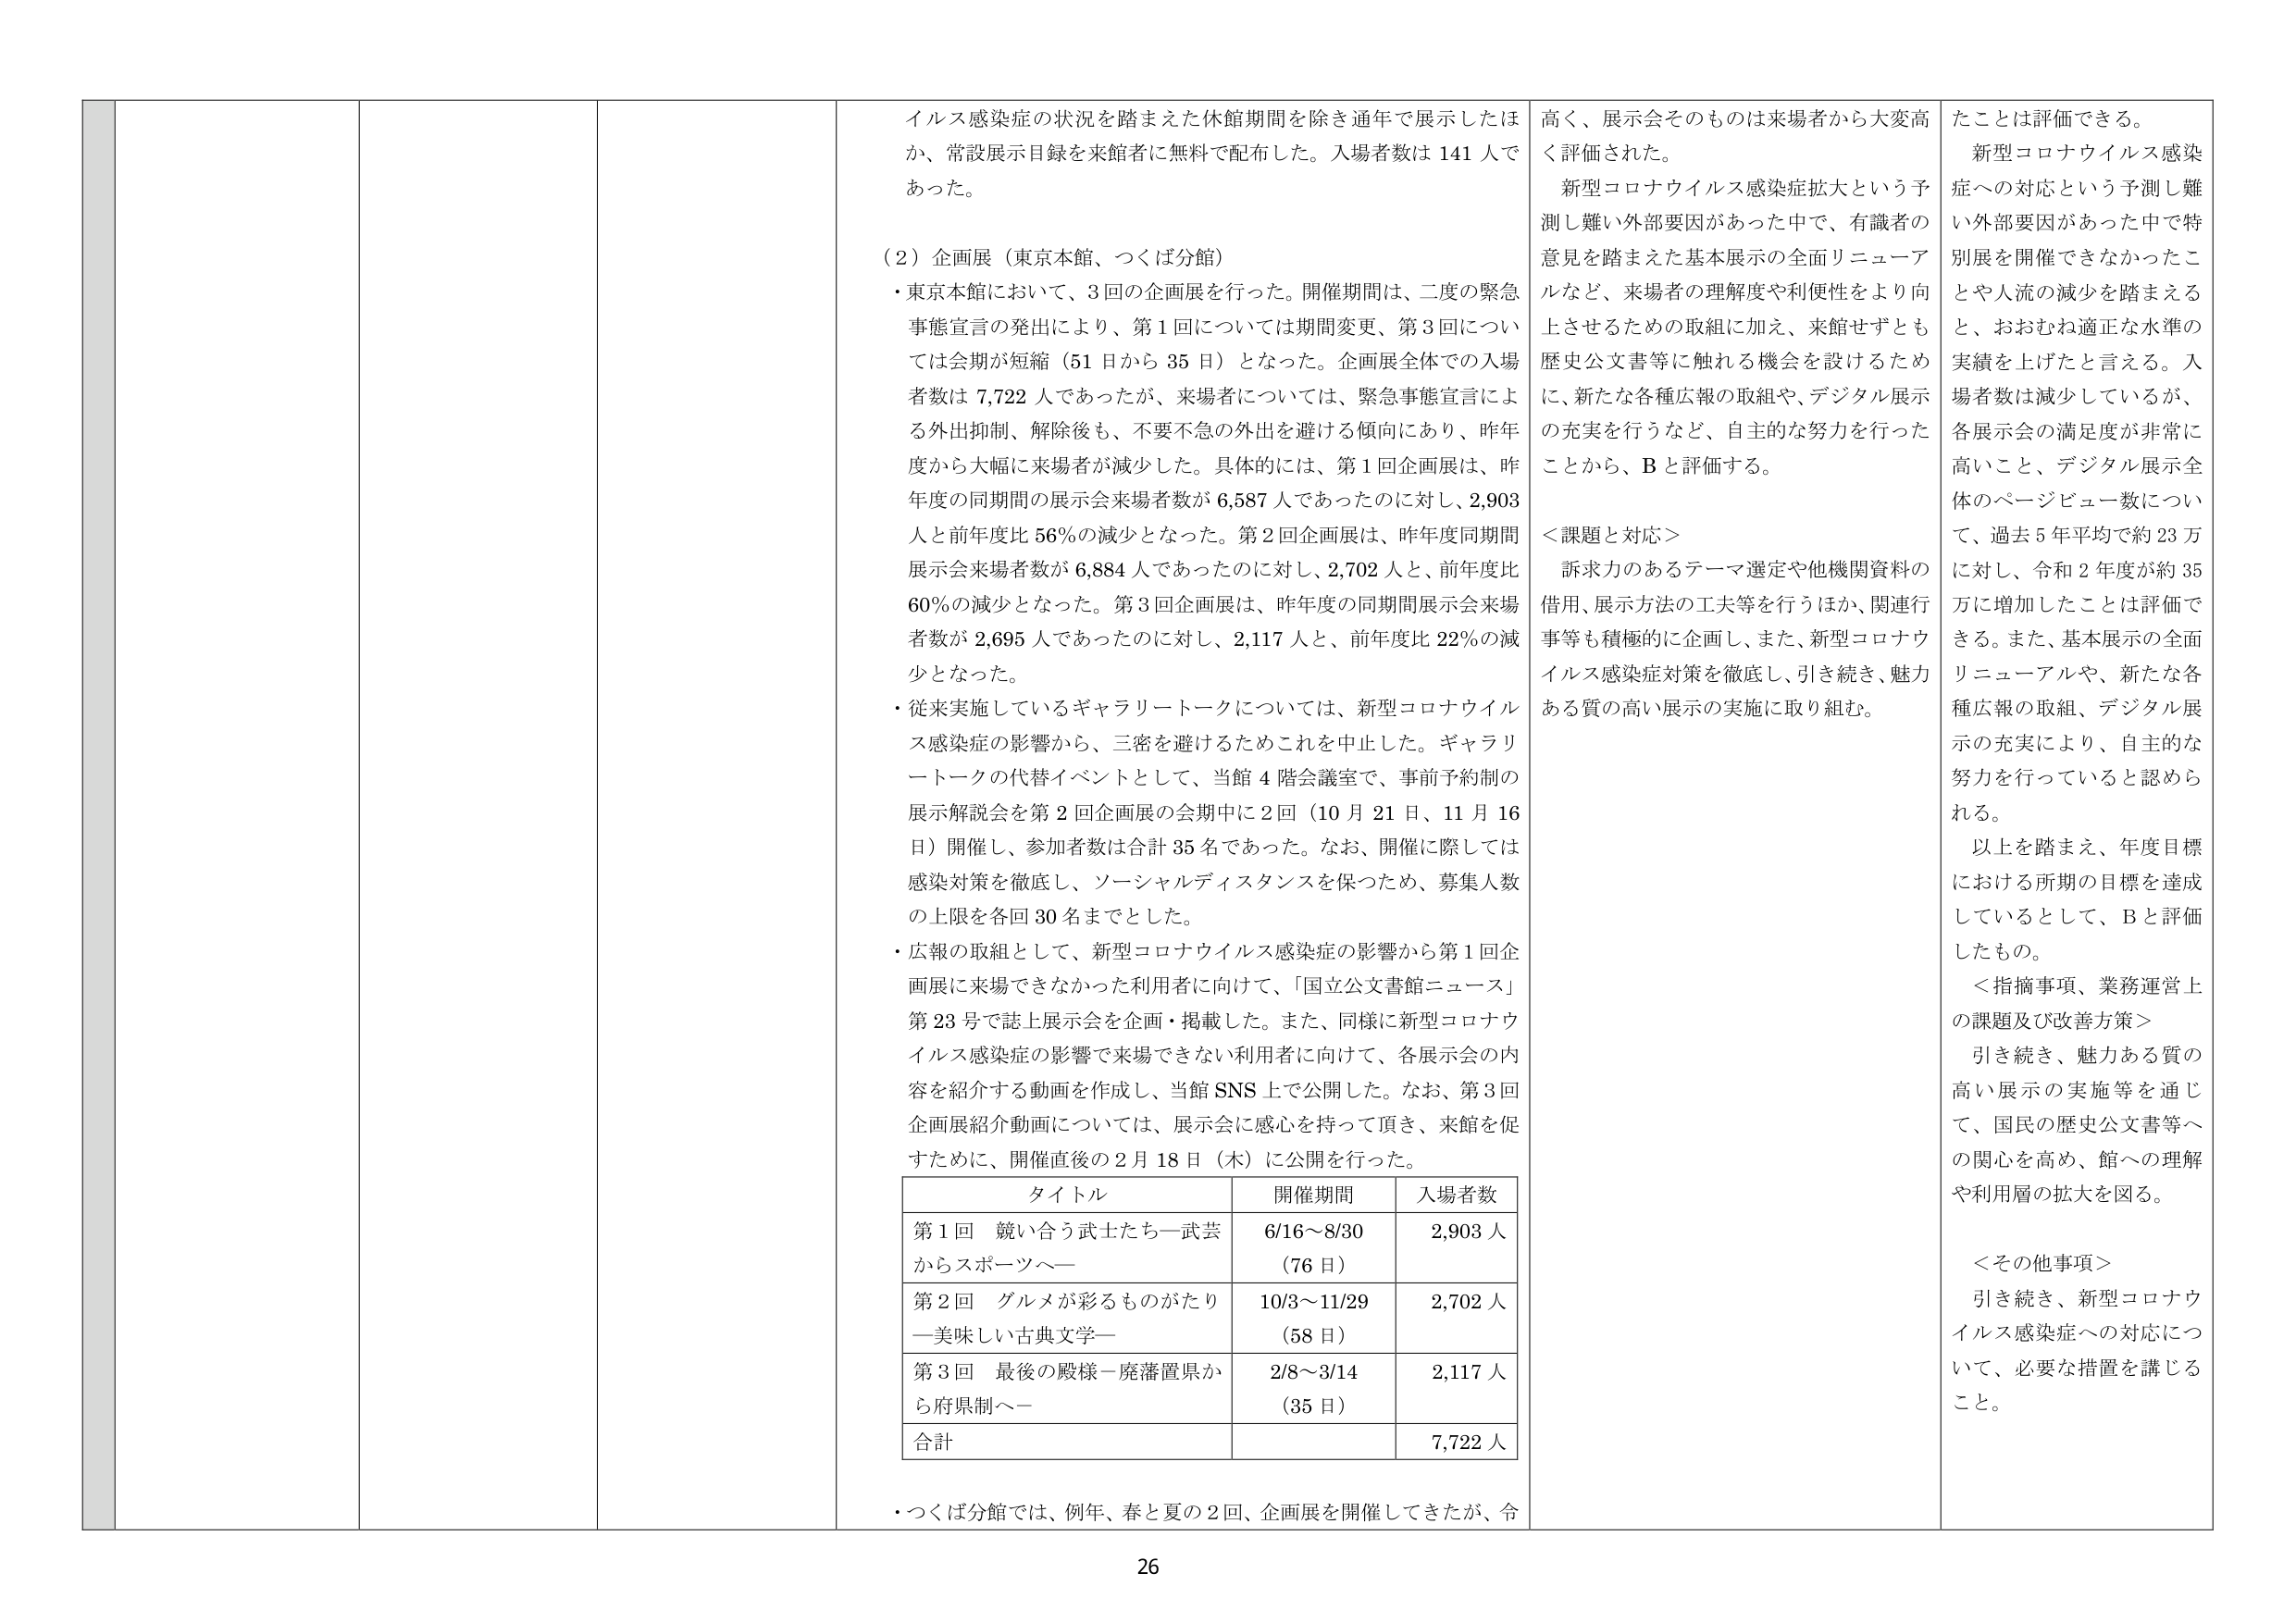
イルス感染症の状況を踏まえた休館期間を除き通年で展示したほか、常設展示目録を来館者に無料で配布した。入場者数は 141 人であった。

（2）企画展（東京本館、つくば分館）
・東京本館において、3回の企画展を行った。開催期間は、二度の緊急事態宣言の発出により、第1回については期間変更、第3回については会期が短縮（51日から35日）となった。企画展全体での入場者数は 7,722 人であったが、来場者については、緊急事態宣言による外出抑制、解除後も、不要不急の外出を避ける傾向にあり、昨年度から大幅に来場者が減少した。具体的には、第1回企画展は、昨年度の同期間の展示会来場者数が 6,587 人であったのに対し、2,903 人と前年度比 56% の減少となった。第2回企画展は、昨年度同期間展示会来場者数が 6,884 人であったのに対し、2,702 人と、前年度比 60% の減少となった。第3回企画展は、昨年度の同期間展示会来場者数が 2,695 人であったのに対し、2,117 人と、前年度比 22% の減少となった。
・従来実施しているギャラリートークについては、新型コロナウイルス感染症の影響から、三密を避けるためこれを中止した。ギャラリートークの代替イベントとして、当館4階会議室で、事前予約制の展示解説会を第2回企画展の会期中に2回（10月21日、11月16日）開催し、参加者数は合計35名であった。なお、開催に際しては感染対策を徹底し、ソーシャルディスタンスを保つため、募集人数の上限を各回30名までとした。
・広報の取組として、新型コロナウイルス感染症の影響から第1回企画展に来場できなかった利用者に向けて、「国立公文書館ニュース」第23号で誌上展示会を企画・掲載した。また、同様に新型コロナウイルス感染症の影響で来場できない利用者に向けて、各展示会の内容を紹介する動画を作成し、当館SNS上で公開した。なお、第3回企画展紹介動画については、展示会に感心を持って頂き、来館を促すために、開催直後の2月18日（木）に公開を行った。

タイトル 開催期間 入場者数
第1回 競い合う武士たち―武芸からスポーツへ― 6/16～8/30 （76日） 2,903人
第2回 グルメが彩るものがたり―美味しい古典文学― 10/3～11/29 （58日） 2,702人
第3回 最後の殿様―廃藩置県から府県制へ― 2/8～3/14 （35日） 2,117人
合計 7,722人

・つくば分館では、例年、春と夏の2回、企画展を開催してきたが、令

高く、展示会そのものは来館者から大変高く評価された。
新型コロナウイルス感染症拡大という予測し難い外部要因があった中で、有識者の意見を踏まえた基本展示の全面リニューアルなど、来場者の理解度や利便性をより向上させるための取組に加え、来館せずとも歴史公文書等に触れる機会を設けるために、新たな各種広報の取組や、デジタル展示の充実を行うなど、自主的な努力を行ったことから、Bと評価する。

＜課題と対応＞
訴求力のあるテーマ選定や他機関資料の借用、展示方法の工夫等を行うほか、関連行事等も積極的に企画し、また、新型コロナウイルス感染症対策を徹底し、引き続き、魅力ある質の高い展示の実施に取り組む。

たことは評価できる。
新型コロナウイルス感染症への対応という予測し難い外部要因があった中で特別展を開催できなかったことや人流の減少を踏まえると、おおむね適正な水準の実績を上げたと言える。入場者数は減少しているが、各展示会の満足度が非常に高いこと、デジタル展示全体のページビュー数について、過去5年平均で約23万に対し、令和2年度が約35万に増加したことは評価できる。また、基本展示の全面リニューアルや、新たな各種広報の取組、デジタル展示の充実により、自主的な努力を行っていると認められる。
以上を踏まえ、年度目標における所期の目標を達成しているとして、Bと評価したもの。

＜指摘事項、業務運営上の課題及び改善方策＞
引き続き、魅力ある質の高い展示の実施等を通じて、国民の歴史公文書等への関心を高め、館への理解や利用層の拡大を図る。

＜その他事項＞
引き続き、新型コロナウイルス感染症への対応について、必要な措置を講じること。

26